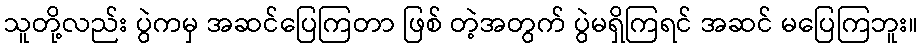
သူတို့လည်း ပွဲကမှ အဆင်ပြေကြတာ ဖြစ် တဲ့အတွက် ပွဲမရှိကြရင် အဆင် မပြေကြဘူး။